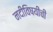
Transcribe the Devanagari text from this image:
नदीविषयीची